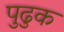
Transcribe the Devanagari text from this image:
पुढुक